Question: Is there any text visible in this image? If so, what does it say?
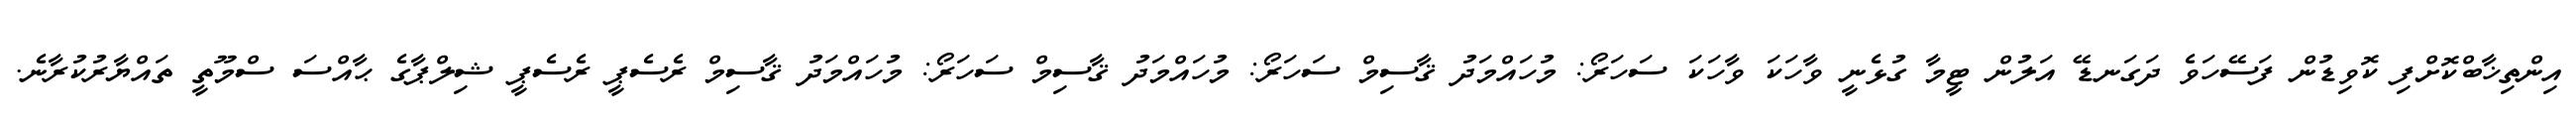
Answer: އިންތިޚާބްކޮށްފި ކޮވިޑުން ފަސޭހަވެ ދަގަނޑޭ އަލުން ޓީމާ ގުޅެނީ ވާހަކަ ވާހަކަ ސަހަރޯ: މުހައްމަދު ޤާސިމް ސަހަރޯ: މުހައްމަދު ޤާސިމް ސަހަރޯ: މުހައްމަދު ޤާސިމް ރެސެޕީ ރެސެޕީ ޝިލްޕާގެ ޙާއްސަ ސްމޫތީ ތައްޔާރުކުރާނެ.